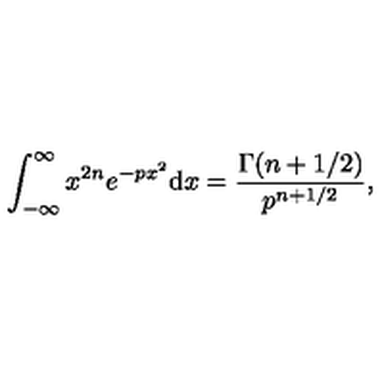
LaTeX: \int _ { - \infty } ^ { \infty } x ^ { 2 n } e ^ { - p x ^ { 2 } } \mathrm { d } x = { \frac { \Gamma ( n + 1 / 2 ) } { p ^ { n + 1 / 2 } } } ,